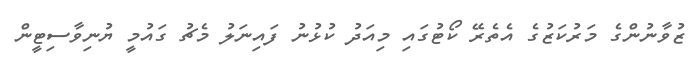
ޒުވާނުންގެ މަރުކަޒުގެ އެތެރޭ ކޯޓުގައި މިއަދު ކުޅުނު ފައިނަލު މެޗު ގައުމީ ޔުނިވާސިޓީން